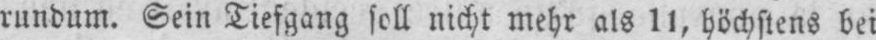
rundum. Sein Tiefgang soll nicht mehr als 11, höchstens bei